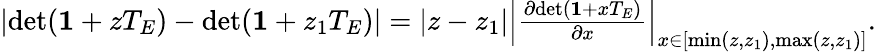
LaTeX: \begin{array}{r}{\left|\mathrm{det}({\mathbf 1}+zT_{E})-\mathrm{det}({\mathbf 1}+z_{1}T_{E})\right|=|z-z_{1}|\left|\frac{\partial\mathrm{det}({\mathbf 1}+xT_{E})}{\partial x}\right|_{x\in[\mathrm{min}(z,z_{1}),\mathrm{max}(z,z_{1})]}.}\end{array}